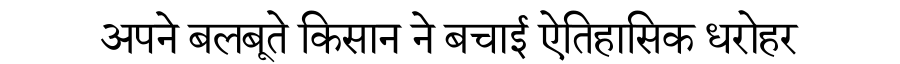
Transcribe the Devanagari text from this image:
अपने बलबूते किसान ने बचाई ऐतिहासिक धरोहर